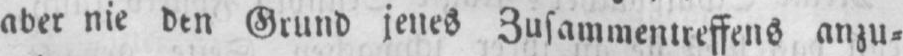
aber nie den Grund jenes Zusammentreffens anzu⸗